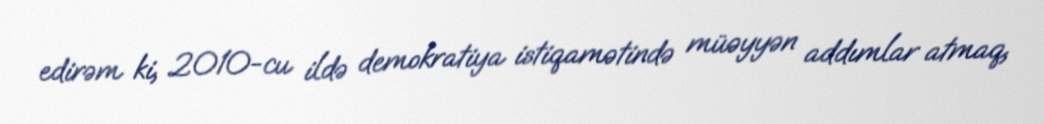
edirəm ki, 2010-cu ildə demokratiya istiqamətində müəyyən addımlar atmaq,